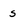
Character: s